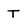
Character: T